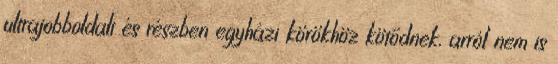
ultrajobboldali és részben egyházi körökhöz kötődnek, arról nem is